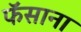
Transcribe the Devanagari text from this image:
फॅसाना